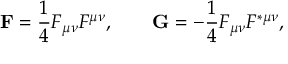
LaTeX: { \bf F } = \frac { 1 } { 4 } F \sb { \mu \nu } F \sp { \mu \nu } , \qquad { \bf G } = - \frac { 1 } { 4 } F \sb { \mu \nu } F \sp { \ast \mu \nu } ,